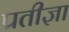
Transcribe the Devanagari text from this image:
प्रतीज्ञा